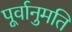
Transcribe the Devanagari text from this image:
पूर्वानुमति